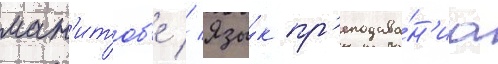
ман'итоб'е // Язы́к пр'еподава́н'иа